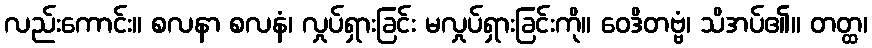
လည်းကောင်း။ စလနာ စလနံ၊ လှုပ်ရှားခြင်း မလှုပ်ရှားခြင်းကို။ ဝေဒိတဗ္ဗံ၊ သိအပ်၏။ တတ္ထ၊